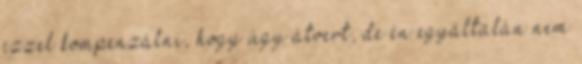
ezzel kompenzálni, hogy úgy átvert, de én egyáltalán nem